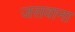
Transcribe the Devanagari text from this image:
जसवाना